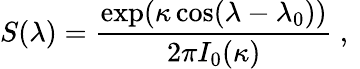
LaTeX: S(\lambda)=\frac{\exp(\kappa\cos(\lambda-\lambda_{0}))}{2\pi I_{0}(\kappa)}\mathrm{~,~}